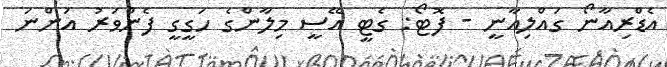
އެޑްރިއާނޯ ގައްލިއާނީ - ފޮޓޯ: ގެޓީ އޭސީ މިލާންގެ ހަގީގީ ފެންވަރު އަންނަ